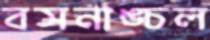
বসনাঙ্চল